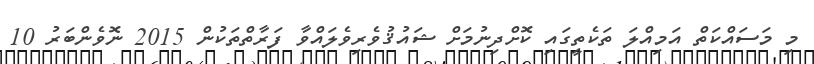
މި މަސައްކަތް އަމިއްލަ ތަކެތީގައި ކޮށްދިނުމަށް ޝައުޤުވެރިވެލައްވާ ފަރާތްތަކުން 2015 ނޮވެންބަރު 10